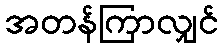
အတန်ကြာလျှင်